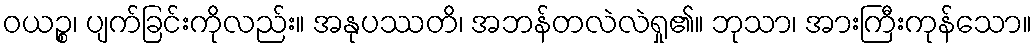
ဝယဉ္စ၊ ပျက်ခြင်းကိုလည်း။ အနုပဿတိ၊ အဘန်တလဲလဲရှု၏။ ဘုသာ၊ အားကြီးကုန်သော။